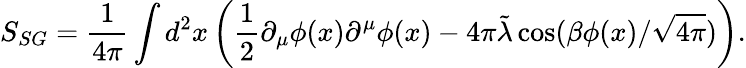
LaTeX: S_{SG}=\frac{1}{4\pi}\int d^{2}x\left(\frac{1}{2}\partial_{\mu}\phi(x)\partial^{\mu}\phi(x)-4\pi\tilde{\lambda}\cos(\beta\phi(x)/\sqrt{4\pi})\right).